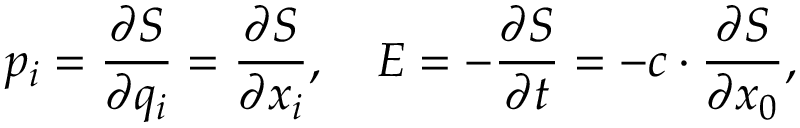
p _ { i } = { \frac { \partial S } { \partial q _ { i } } } = { \frac { \partial S } { \partial x _ { i } } } , \quad E = - { \frac { \partial S } { \partial t } } = - c \cdot { \frac { \partial S } { \partial x _ { 0 } } } ,